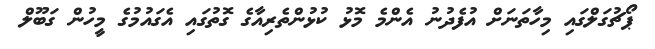
ޕޯޗުގަލްގައި މިހާތަނަށް އުފެދުނު އެންމެ މޮޅު ކުޅުންތެރިއާގެ ގޮތުގައި އެގައުމުގެ މީހުން ގަބޫލް